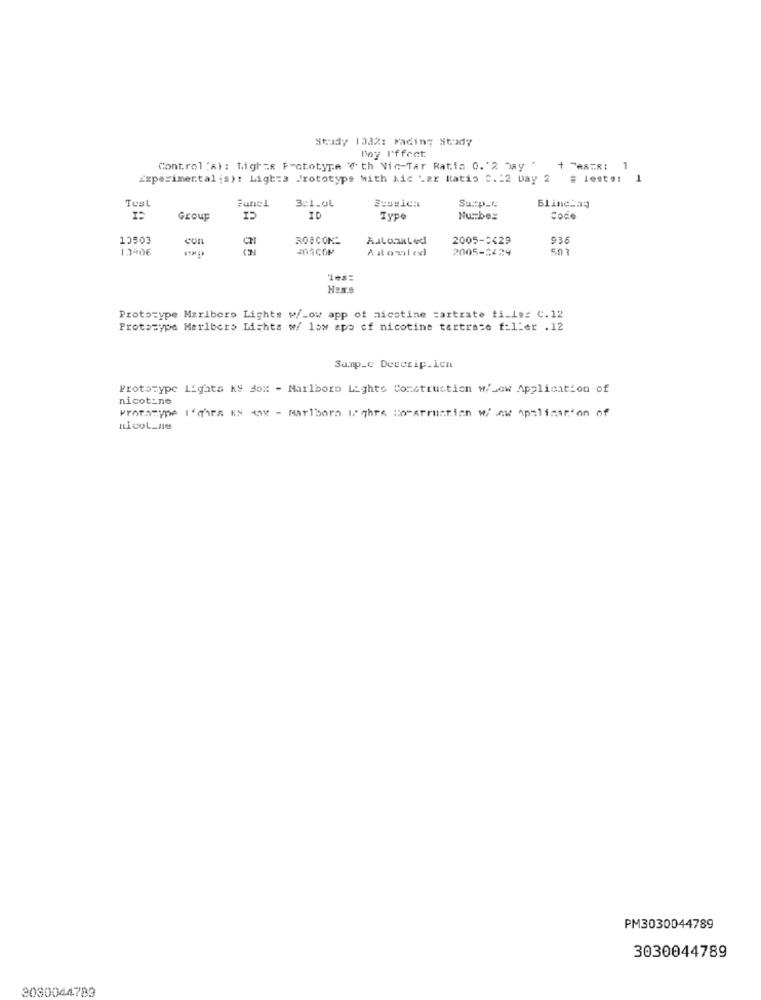
Study 1332: Fading Study
Day I'ffect
Control (A) : Lights Prototype Vth Vic-Tar Ratio 0. '2 my "
+ TABTR: 1
1
Experimental is): Lights Prototyps with kic Lar Itatis C .: 2 Day 2
# lests: 1
Test
june1
3:1.0L
Surp_C
Blinding
Group
ID
Type
Nurbes
Code
15503
con
CH
308CON-
2005-0429
936
13406
Ail onled
2005-1429
507
Prototype Marlboro Lights w/_ow app of nicotine cartrate ti_ler C.12
Prototype Marlbers Lichts w/ low apo of nicotine tartrate filler .12
Samp_c Descrip_ien
Prototype Lights KS Box - Marlboro Lighto Construction w/sow Application of
nicotine
Protomype Ichra KS 4x - marlboro I. qhrs tomarruntian w/ nw Apolinarton of
nicol_ne
PM3030044789
3030044789
3030044789